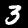
Label: 3